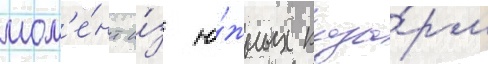
мом'е́нт и́з ю́жных каза́рм